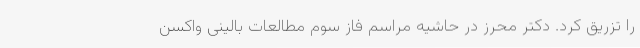
را تزریق کرد. دکتر محرز در حاشیه مراسم فاز سوم مطالعات بالینی واکسن